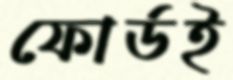
ফোর্ডই